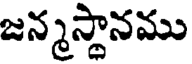
జన్మస్థానము